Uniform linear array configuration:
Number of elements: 12
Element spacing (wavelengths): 0.5
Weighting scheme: hamming
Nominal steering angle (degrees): -60
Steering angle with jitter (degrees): -59.906
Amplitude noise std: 0.05
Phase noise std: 0.05

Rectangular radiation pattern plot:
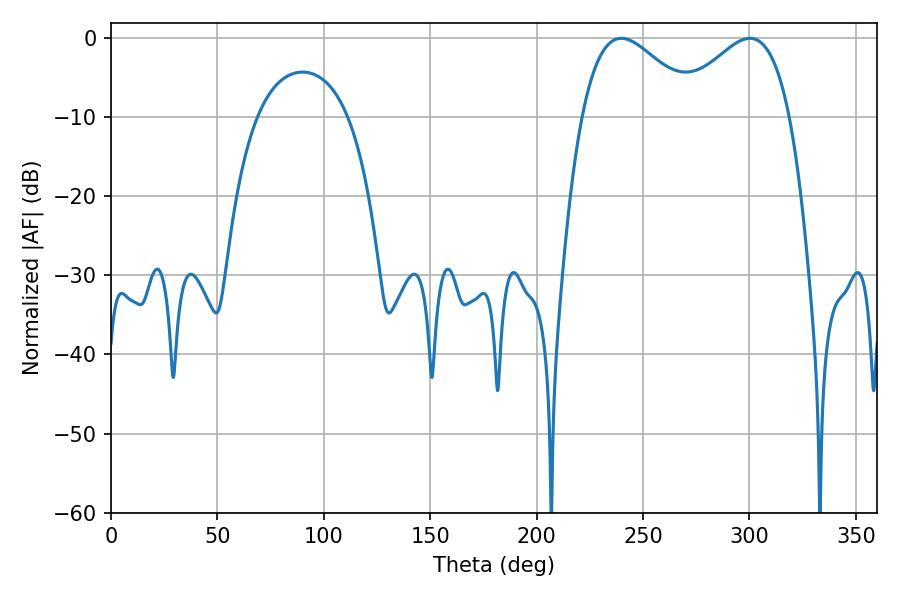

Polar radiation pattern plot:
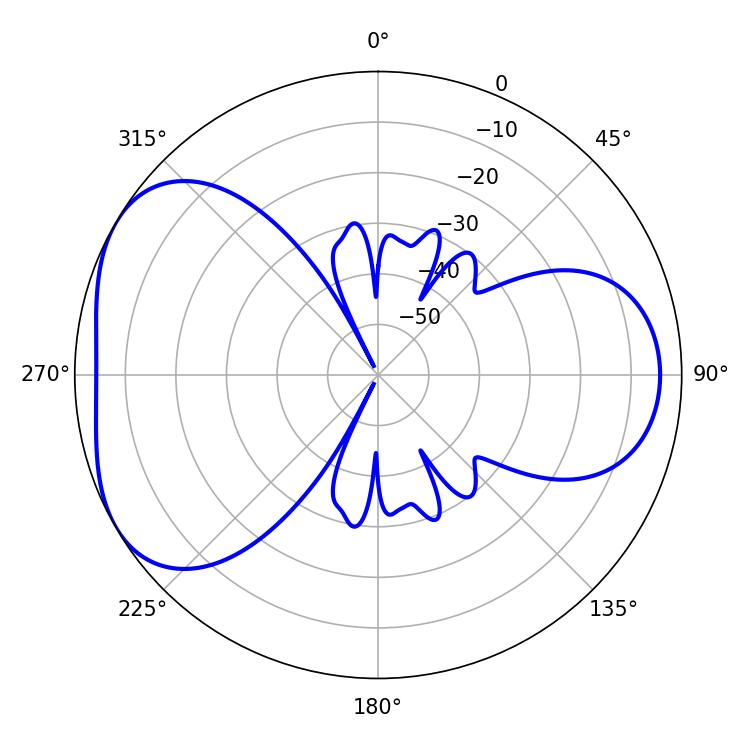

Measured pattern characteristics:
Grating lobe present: FALSE
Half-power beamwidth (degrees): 29.52
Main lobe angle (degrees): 239.76